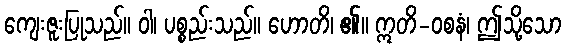
ကျေးဇူးပြုသည်။ ဝါ၊ ပစ္စည်းသည်။ ဟောတိ၊ ၏။ ဣတိ-ဝစနံ၊ ဤသို့သော